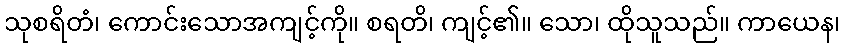
သုစရိတံ၊ ကောင်းသောအကျင့်ကို။ စရတိ၊ ကျင့်၏။ သော၊ ထိုသူသည်။ ကာယေန၊